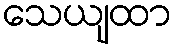
သေယျထာ